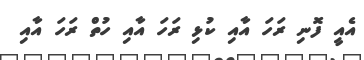
އެއީ ފޮނި ރަހަ އާއި ކުޅި ރަހަ އާއި ހުތް ރަހަ އާއި